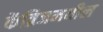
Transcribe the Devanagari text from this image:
केंब्रिजमधील